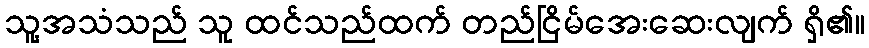
သူ့အသံသည် သူ ထင်သည်ထက် တည်ငြိမ်အေးဆေးလျက် ရှိ၏။